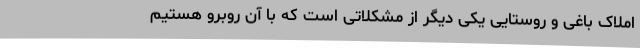
املاک باغی و روستایی یکی دیگر از مشکلاتی است که با آن روبرو هستیم